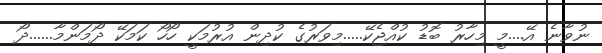
ނުވާނެ އޭ....މީ މިހާރު ބޮޑު ކުއްޖެކޭ.....މިވަރުގެ ކުދިން އުރުމަކީ ހޯހޯ ކަމަކޭ ދޯމަންމާ......ދޯ